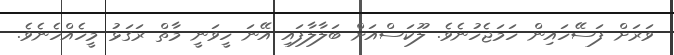
ވަރަށް ފަސޭހައިން ހަމަޖެހުނެވެ. ލޫކަސްއަށް ބަލާލާފައި އޭނަ ހީވަނީ މާތް ރަގަޅު މީހެއްހެނެވެ.